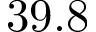
3 9 . 8